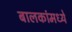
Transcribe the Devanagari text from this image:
बालकांमध्ये